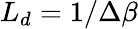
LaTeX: L_{d}=1/\Delta\beta